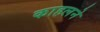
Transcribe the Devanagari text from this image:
काहलने